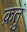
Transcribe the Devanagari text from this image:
क्रतुं